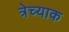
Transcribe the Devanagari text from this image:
त्रेच्याक